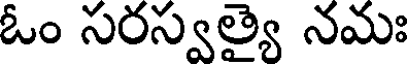
ఓం సరస్వత్యై నమః